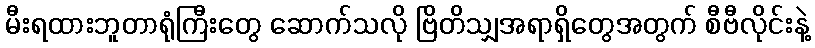
မီးရထားဘူတာရုံကြီးတွေ ဆောက်သလို ဗြိတိသျှအရာရှိတွေအတွက် စီဗီလိုင်းနဲ့